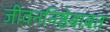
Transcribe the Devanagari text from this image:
जीवननिष्ठेबाबत